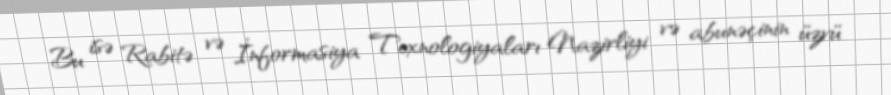
Bu isə Rabitə və İnformasiya Texnologiyaları Nazirliyi və abunəçinin üzvü